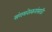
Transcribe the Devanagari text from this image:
संगमनेरकरांसाठी